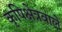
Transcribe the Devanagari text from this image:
कृषिक्षेत्रवाले